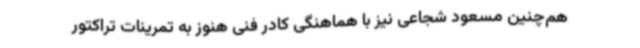
هم‌چنین مسعود شجاعی نیز با هماهنگی کادر فنی هنوز به تمرینات تراکتور